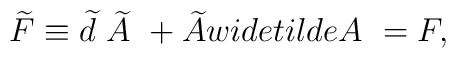
\widetilde{F} \equiv \widetilde{d}\ \widetilde{A}\ + \widetilde{A}\\widetilde{A}\ =F ,